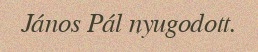
János Pál nyugodott.